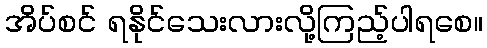
အိပ်စင် ရနိုင်သေးလားလို့ကြည့်ပါရစေ။